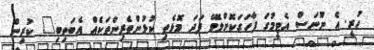
ހުރީ. އެ ނޫނަސް އެޓީމުގަ ފާހަގަކޮށްލެވޭ ފަދަ މޮޅެތި ކުޅުންތެރިންތަކެއް އެބަތިބި" ކުރިން